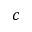
c